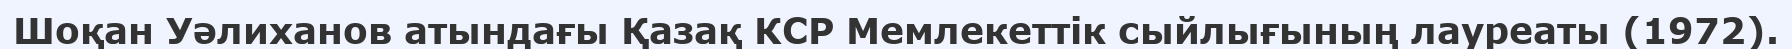
Шоқан Уәлиханов атындағы Қазақ КСР Мемлекеттік сыйлығының лауреаты (1972).